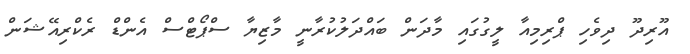
އޫރިދޫ ދިވެހި ޕްރިމިއާ ލީގުގައި މާދަން ބައްދަލުކުރާނީ މާޒިޔާ ސްޕޯޓްސް އެންޑް ރެކްރިއޭޝަން